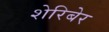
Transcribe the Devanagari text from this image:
शेरिबेर